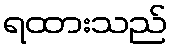
ရထားသည်